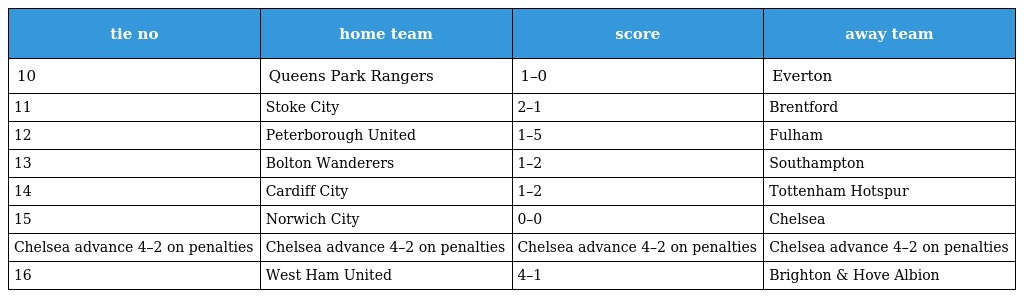
| tie no | home team | score | away team |
 | --- | --- | --- | --- |
 | 10 | Queens Park Rangers | 1–0 | Everton |
 | 11 | Stoke City | 2–1 | Brentford |
 | 12 | Peterborough United | 1–5 | Fulham |
 | 13 | Bolton Wanderers | 1–2 | Southampton |
 | 14 | Cardiff City | 1–2 | Tottenham Hotspur |
 | 15 | Norwich City | 0–0 | Chelsea |
 | Chelsea advance 4–2 on penalties | Chelsea advance 4–2 on penalties | Chelsea advance 4–2 on penalties | Chelsea advance 4–2 on penalties |
 | 16 | West Ham United | 4–1 | Brighton & Hove Albion |